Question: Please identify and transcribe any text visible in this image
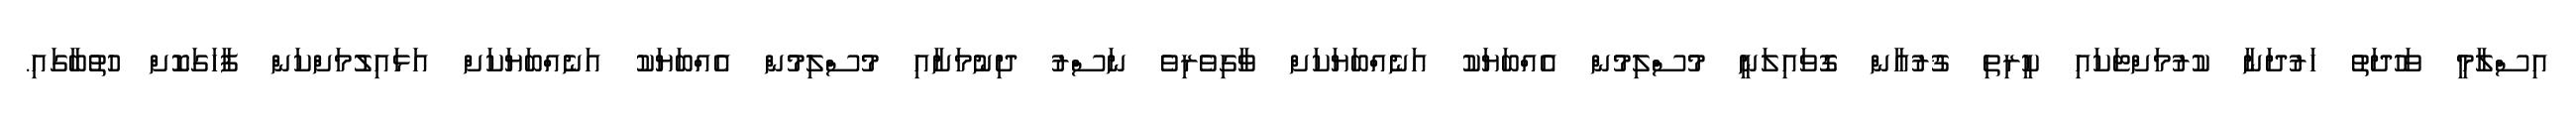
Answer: އިސްލާމީ ވަހުދަތު ހަރުދަނާ ކުރުމަށްޓަކައި ކީރިތި ޤުރުއާން ގޮވައިލަނީ މުސްލިމުން އެއްބަޔަކު އަނެއްބަޔަކަށް ވާގިވެރިވެ ނަސްރު ދިނުމަށާއި މުސްލިމުން އެއްބަޔަކު އަނެއްބަޔަކަށް އަޅައިލުމަށްކަން ފާހަގަކޮށް ހުތުބާގައި.